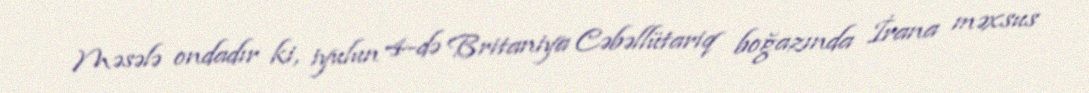
Məsələ ondadır ki, iyulun 4-də Britaniya Cəbəllütariq boğazında İrana məxsus